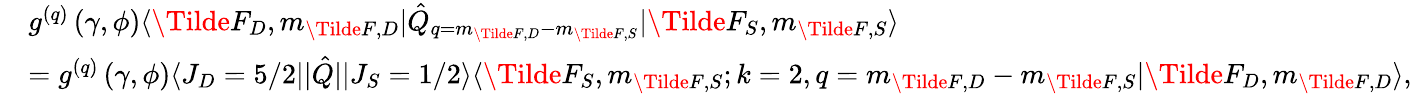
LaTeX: \begin{array}{rl}&{g^{(q)}\left(\gamma,\phi\right)\langle\Tilde{F}_{D},m_{\Tilde{F},D}\rvert\hat{Q}_{q=m_{\Tilde{F},D}-m_{\Tilde{F},S}}\lvert\Tilde{F}_{S},m_{\Tilde{F},S}\rangle}\\ &{=g^{(q)}\left(\gamma,\phi\right)\langle J_{D}=5/2\rvert\lvert\hat{Q}\rvert\lvert J_{S}=1/2\rangle\langle\Tilde{F}_{S},m_{\Tilde{F},S};k=2,q=m_{\Tilde{F},D}-m_{\Tilde{F},S}\lvert\Tilde{F}_{D},m_{\Tilde{F},D}\rangle,}\end{array}